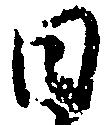
日